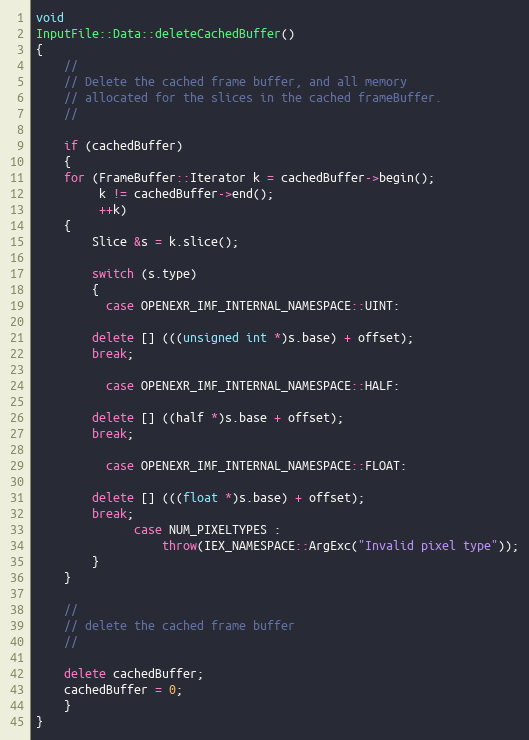
Language: C++
void
InputFile::Data::deleteCachedBuffer()
{
    //
    // Delete the cached frame buffer, and all memory
    // allocated for the slices in the cached frameBuffer.
    //

    if (cachedBuffer)
    {
	for (FrameBuffer::Iterator k = cachedBuffer->begin();
	     k != cachedBuffer->end();
	     ++k)
	{
	    Slice &s = k.slice();

	    switch (s.type)
	    {
	      case OPENEXR_IMF_INTERNAL_NAMESPACE::UINT:

		delete [] (((unsigned int *)s.base) + offset);
		break;

	      case OPENEXR_IMF_INTERNAL_NAMESPACE::HALF:

		delete [] ((half *)s.base + offset);
		break;

	      case OPENEXR_IMF_INTERNAL_NAMESPACE::FLOAT:

		delete [] (((float *)s.base) + offset);
		break;
              case NUM_PIXELTYPES :
                  throw(IEX_NAMESPACE::ArgExc("Invalid pixel type"));
	    }
	}

	//
	// delete the cached frame buffer
	//

	delete cachedBuffer;
	cachedBuffer = 0;
    }
}